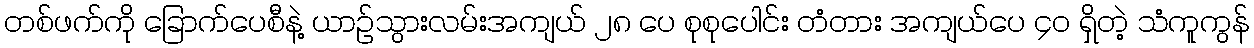
တစ်ဖက်ကို ခြောက်ပေစီနဲ့ ယာဉ်သွားလမ်းအကျယ် ၂၈ ပေ စုစုပေါင်း တံတား အကျယ်ပေ ၄၀ ရှိတဲ့ သံကူကွန်